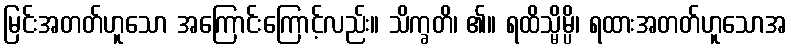
မြင်းအတတ်ဟူသော အကြောင်းကြောင့်လည်း။ သိက္ခတိ၊ ၏။ ရထိသ္မိမ္ပိ၊ ရထားအတတ်ဟူသောအ